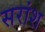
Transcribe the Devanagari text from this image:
सरांश